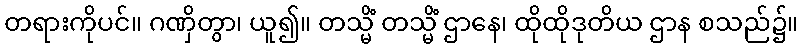
တရားကိုပင်။ ဂဏှိတွာ၊ ယူ၍။ တသ္မိံ တသ္မိံ ဌာနေ၊ ထိုထိုဒုတိယ ဌာန စသည်၌။